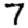
Digit: 7